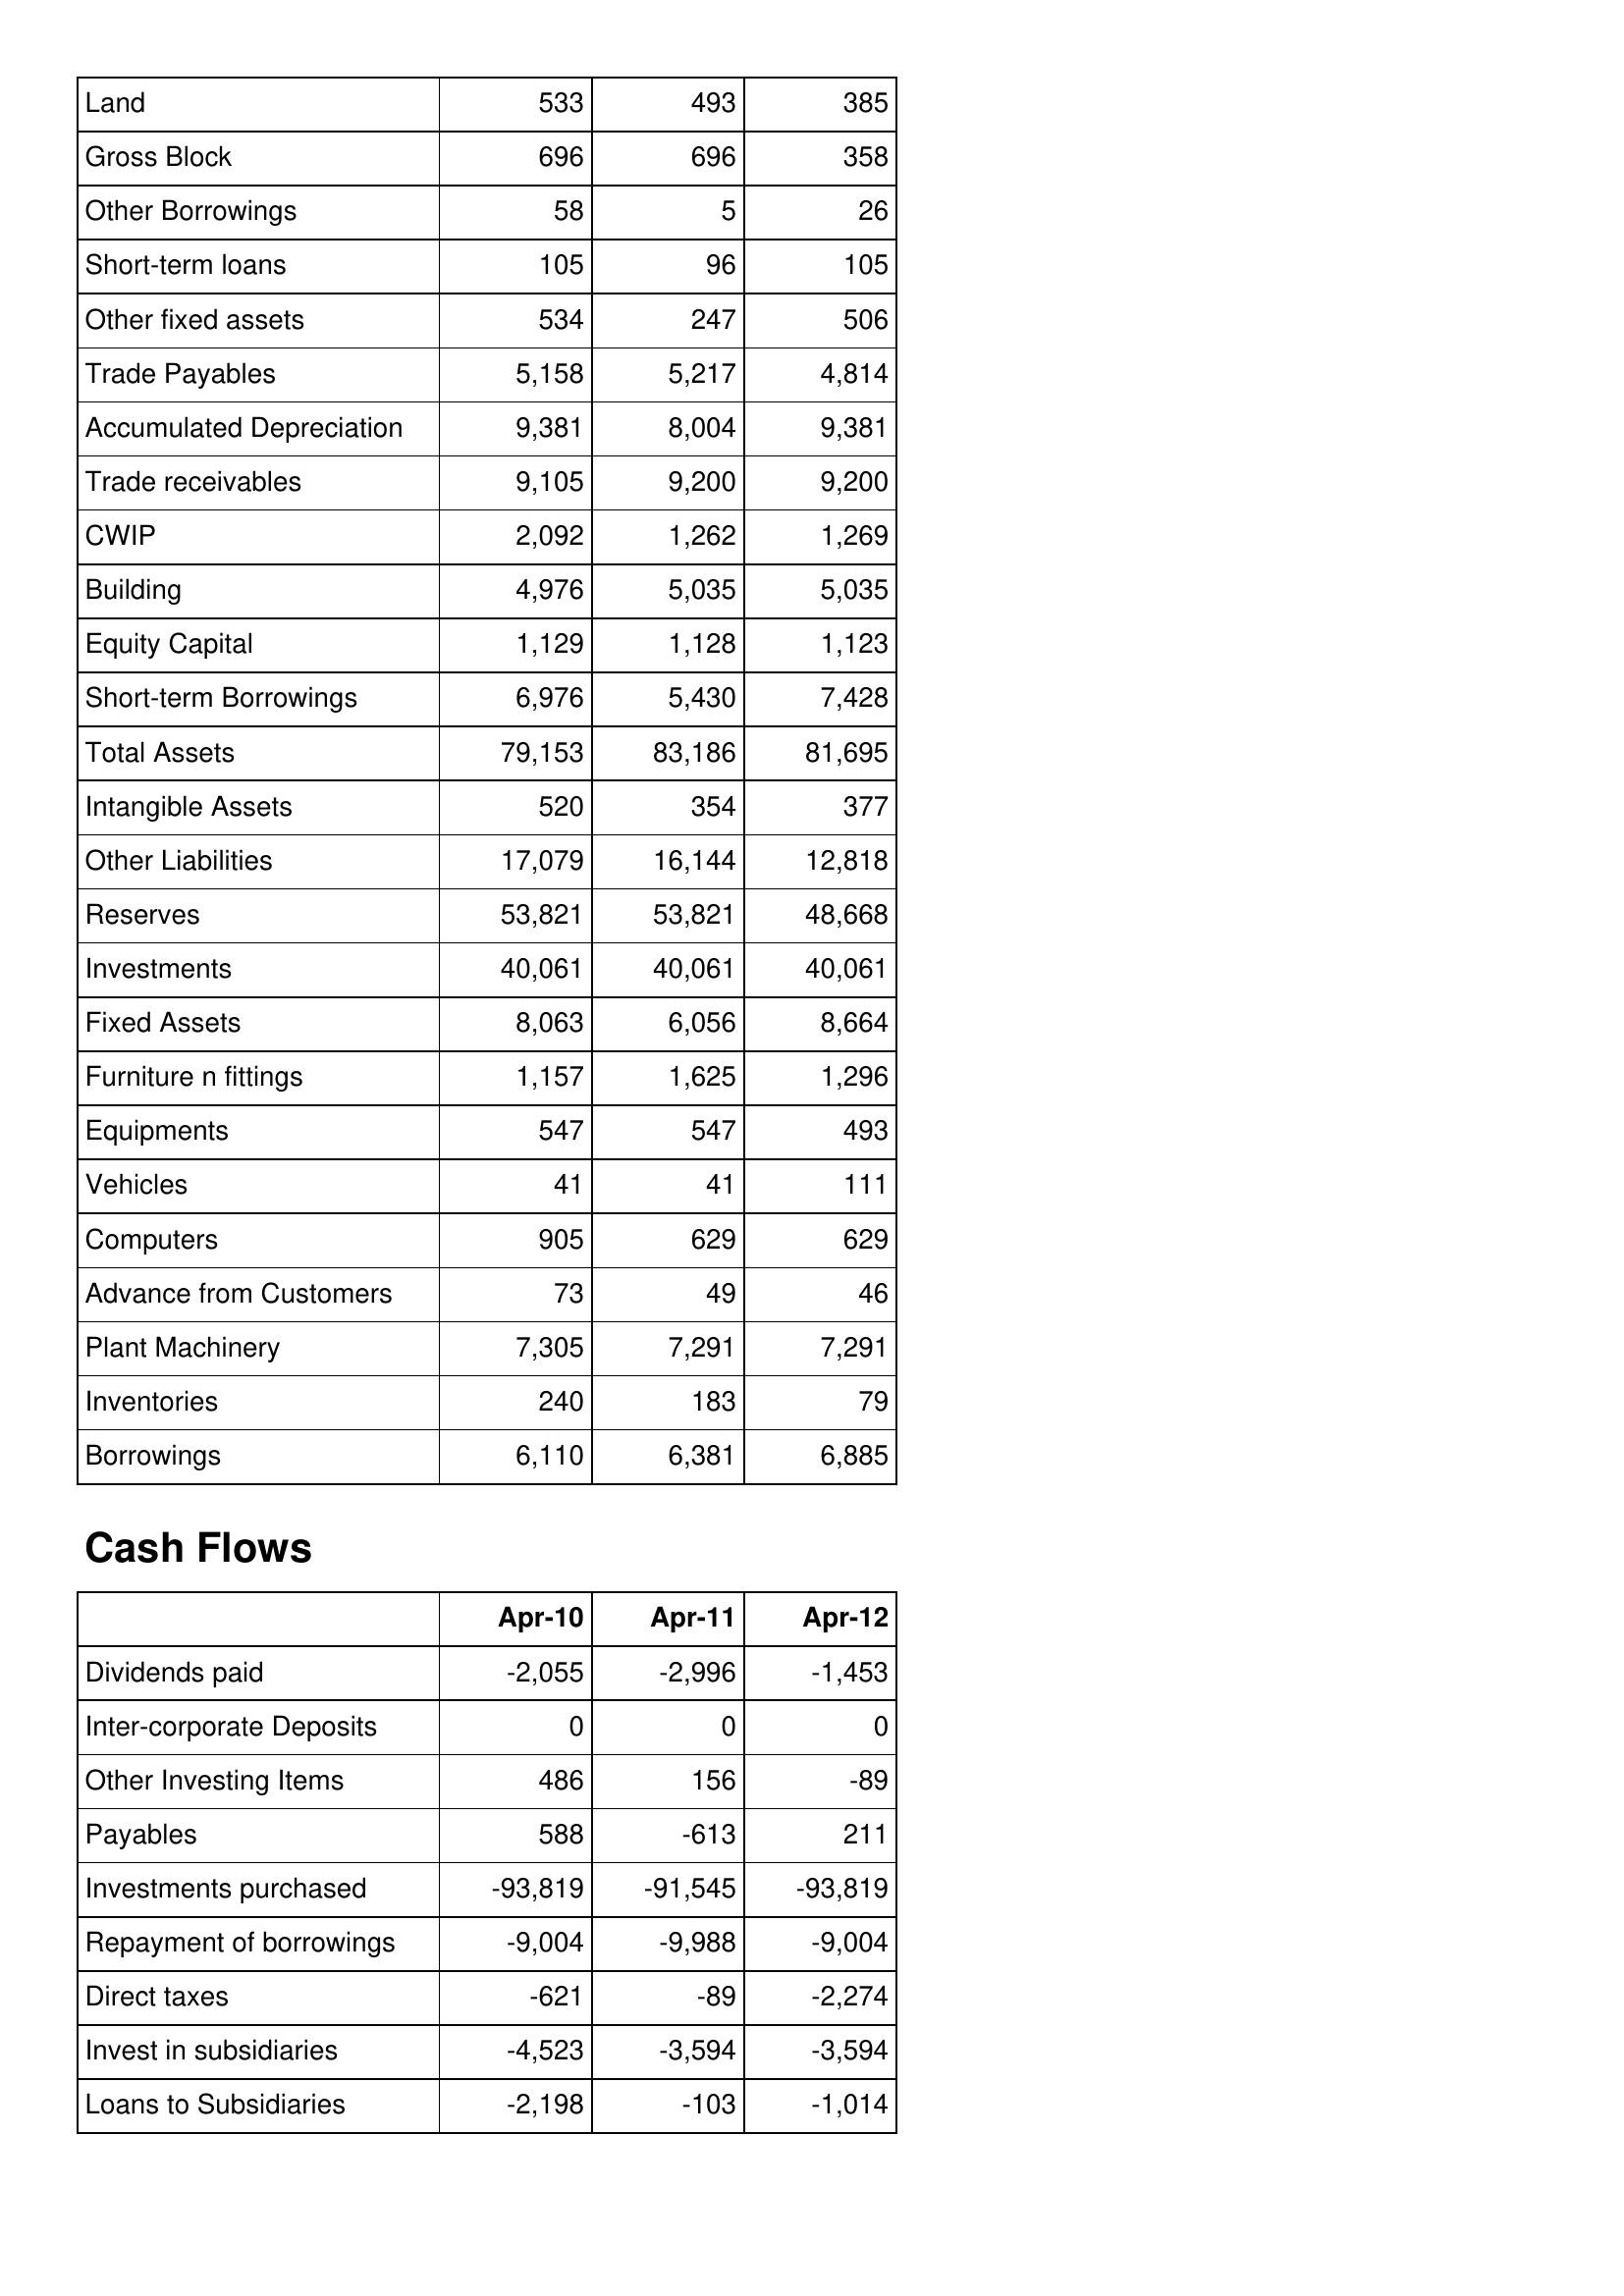
Apr-10: Balance Sheet: Land: 533
Gross Block: 696
Other Borrowings: 58
Short-term loans: 105
Other fixed assets: 534
Trade Payables: 5,158
Accumulated Depreciation: 9,381
Trade receivables: 9,105
CWIP: 2,092
Building: 4,976
Equity Capital: 1,129
Short-term Borrowings: 6,976
Total Assets: 79,153
Intangible Assets: 520
Other Liabilities: 17,079
Reserves: 53,821
Investments: 40,061
Fixed Assets: 8,063
Furniture n fittings: 1,157
Equipments: 547
Vehicles: 41
Computers: 905
Advance from Customers: 73
Plant Machinery: 7,305
Inventories: 240
Borrowings: 6,110
Cash Flows: Dividends paid: -2,055
Inter-corporate Deposits: 0
Other Investing Items: 486
Payables: 588
Investments purchased: -93,819
Repayment of borrowings: -9,004
Direct taxes: -621
Invest in subsidiaries: -4,523
Loans to Subsidiaries: -2,198
Apr-11: Balance Sheet: Land: 493
Gross Block: 696
Other Borrowings: 5
Short-term loans: 96
Other fixed assets: 247
Trade Payables: 5,217
Accumulated Depreciation: 8,004
Trade receivables: 9,200
CWIP: 1,262
Building: 5,035
Equity Capital: 1,128
Short-term Borrowings: 5,430
Total Assets: 83,186
Intangible Assets: 354
Other Liabilities: 16,144
Reserves: 53,821
Investments: 40,061
Fixed Assets: 6,056
Furniture n fittings: 1,625
Equipments: 547
Vehicles: 41
Computers: 629
Advance from Customers: 49
Plant Machinery: 7,291
Inventories: 183
Borrowings: 6,381
Cash Flows: Dividends paid: -2,996
Inter-corporate Deposits: 0
Other Investing Items: 156
Payables: -613
Investments purchased: -91,545
Repayment of borrowings: -9,988
Direct taxes: -89
Invest in subsidiaries: -3,594
Loans to Subsidiaries: -103
Apr-12: Balance Sheet: Land: 385
Gross Block: 358
Other Borrowings: 26
Short-term loans: 105
Other fixed assets: 506
Trade Payables: 4,814
Accumulated Depreciation: 9,381
Trade receivables: 9,200
CWIP: 1,269
Building: 5,035
Equity Capital: 1,123
Short-term Borrowings: 7,428
Total Assets: 81,695
Intangible Assets: 377
Other Liabilities: 12,818
Reserves: 48,668
Investments: 40,061
Fixed Assets: 8,664
Furniture n fittings: 1,296
Equipments: 493
Vehicles: 111
Computers: 629
Advance from Customers: 46
Plant Machinery: 7,291
Inventories: 79
Borrowings: 6,885
Cash Flows: Dividends paid: -1,453
Inter-corporate Deposits: 0
Other Investing Items: -89
Payables: 211
Investments purchased: -93,819
Repayment of borrowings: -9,004
Direct taxes: -2,274
Invest in subsidiaries: -3,594
Loans to Subsidiaries: -1,014